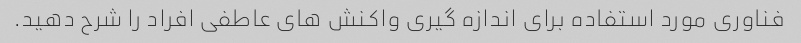
فناوری مورد استفاده برای اندازه گیری واکنش های عاطفی افراد را شرح دهید.